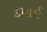
કમાઈ